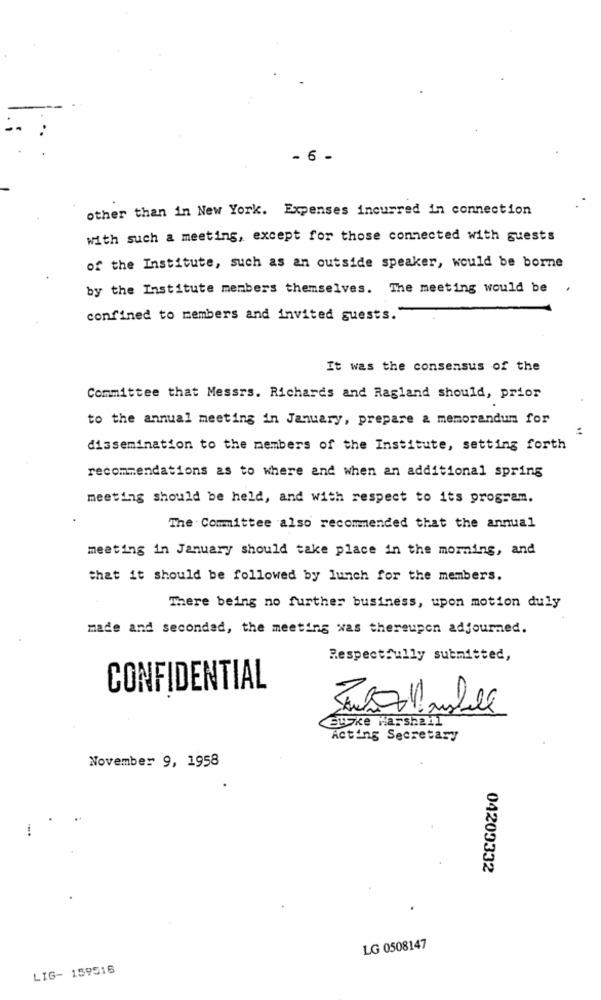
- 6 -
other than in New York. Expenses incurred in connection
with such a meeting, except for those connected with guests
of the Institute, such as an outside speaker, would be borne
by the Institute members themselves. The meeting would be
.
confined to members and invited guests.
It was the consensus of the
Committee that Messrs. Richards and Ragland should, prior
to the annual meeting in January, prepare & memorandum for
dissemination to the members of the Institute, setting forth
recommendations as to where and when an additional spring
meeting should be held, and with respect to its program.
The Committee also recommended that the annual
meeting in January should take place in the morning, and
that it should be followed by lunch for the members.
There being no further business, upon motion duly
made and secondad, the meeting was thereupon adjourned.
Respectfully submitted,
CONFIDENTIAL
EuSke Marshall
Acting Secretary
November 9, 1958
04209332
LG 0508147
LIG- 159516